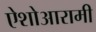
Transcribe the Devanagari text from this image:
ऐशोआरामी